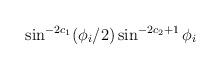
LaTeX: \begin{align*}\sin^{-2c_1}(\phi_i/2)\sin^{-2c_2+1}\phi_i\end{align*}